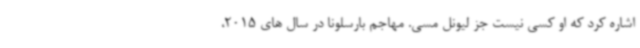
اشاره کرد که او کسی نیست جز لیونل مسی. مهاجم بارسلونا در سال های 2015،